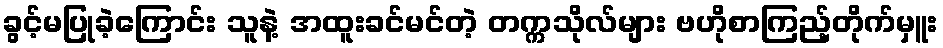
ခွင့်မပြုခဲ့ကြောင်း သူနဲ့ အထူးခင်မင်တဲ့ တက္ကသိုလ်များ ဗဟိုစာကြည့်တိုက်မှူး